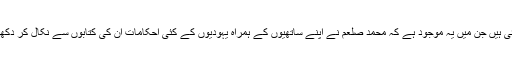
مسلمانوں کی امہات الکتب صحاح ستہ وغیرہ ایسے واقعات سے بھری ہوئی ہیں جن میں یہ موجود ہے کہ محمد صلعم نے اپنے ساتھیوں کے ہمراہ یہودیوں کے کئی احکامات ان کی کتابوں سے نکال کر دکھائے،جن کو یہودی چھپانا چاہ رہے تھے جیسا کہ زنا کی سزا رجم وغیرہ۔